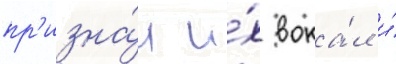
пр'изна́л и́х вока́л и́